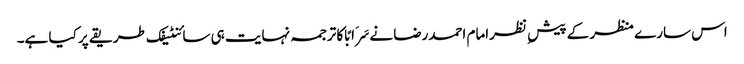
اس سارے منظر کے پیش ِ نظرامام احمدرضا نےسَرَابًا کا ترجمہ نہایت ہی سائنٹیفک طریقے پر کیا ہے۔